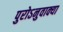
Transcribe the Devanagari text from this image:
पुरोऽनुवाक्या